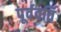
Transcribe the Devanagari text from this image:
पूर्ववर्ति